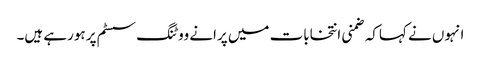
انہوں نے کہاکہ ضمنی انتخابات میں پرانے ووٹنگ سسٹم پر ہورہے ہیں۔